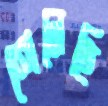
শেনেছি